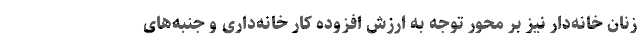
زنان خانه‌دار نیز بر محور توجه به ارزش افزوده کار خانه‌داری و جنبه‌های